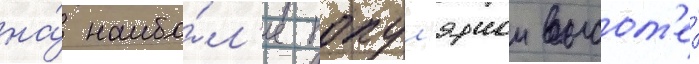
на́ наибо́л'ее попул'ярнои высот'е́